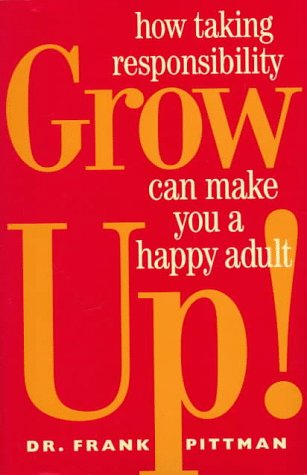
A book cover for Grow Up!: How Taking Responsibility Can Make You A Happy Adult; Frank Pittman; Self-Help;